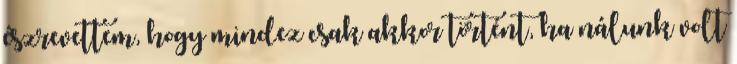
észrevettem, hogy mindez csak akkor történt, ha nálunk volt